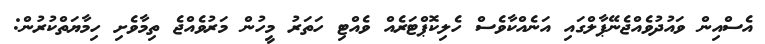
އެސްއިން ވައުދުވެއްޖެނޭޕާލްގައި އަނެއްކާވެސް ހެލިކޮޕްޓަރެއް ވެއްޓި ހަތަރު މީހުން މަރުވެއްޖެ ތިމާވެށި ހިމާޔަތްކުރުން: